[Report on the health of British troops in the Madras command]
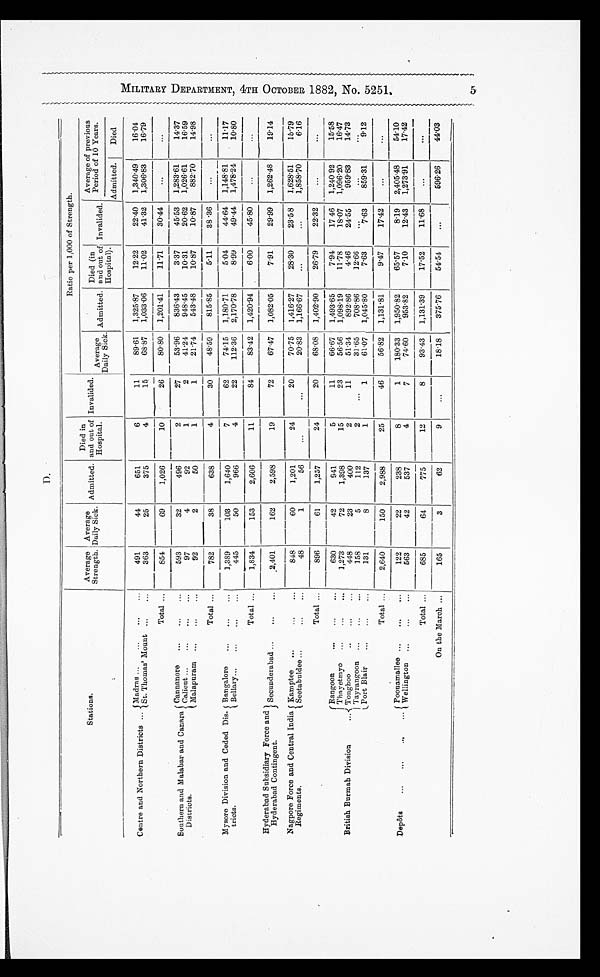
M I L I T A R Y D E P A R T M E N T , 4 T H O C T O B E R 1 8 8 2 , N O . 5 2 5 1 .
5
Stations.
Ratio per 1,000 of Strength.
Average
Strength.
Average e
Daily Sick. Admitted.
Died in
and out of
Hospital.
Invalided. Average
Daily Sick. Admitted.
Died (in
and out of
Hospital).
Invalided.
Average of previous
Period of 10 Years.
Admitted.
Died
Centre and Northern Districts ... Madras ...
...
... ...
491
44
651
6
11
89.61 1,325.87
12.22
22.40 1,340.49
16.04
St. Thomas' Mount ....
...
363
25
375
4
15
68.87 1,033.06
11.02
41.32 1,306.83
16.79
Total ...
854
69
1,026
10
26
80.80 1,201.41
11.71
30.44
. . .
. . .
Southern and Malabar and Canara
Districts.
Cannanore
... ...
...
593
3 2
496
2
27
53.96
836.43
3.37
45.53 1,283.61
14.37
Calicut... ... ... ...
...
97
4
92
1
2
41.24
948.45
10.31
20.62
1 , 0 2 6 . 6 1
16.59
Malapuram ... ...
....
92
2
50
1
1
21.74
543.48
10.87
10.87
882.70
14.98
Total ...
782
38
638
4
30
48.59
815.85
5.11
38.36
...
...
Mysore Division and Ceded Dis
tricts.
Bangalore
...
...
...
1,389
103
1,640
7
62
74.15 1,180.71
5.04
44.64 1,148.81
11.17
Bellary...
...
...
...
445
50
966
4
22
112.36 2,170.78
8.99
49.44 1,478.24
10.80
Total ...
1,834
153
2,606
11
84
83.42 1,420.94
6.00
45.80
. . .
. . .
Hyderabad Subsidiary Force and
Hyderabad Contingent.
Secunderabad ...
...
...
2,401
162
2,598
19
72
67.47 1,082.05
7.91
29.99 1,262.48
19.14
Nagpore Force and Central India
Regiments.
Kamptee ...
...
...
848
60
1,201
24
20
70.75 1,416.27
28.30
23.58 1,628.51
15.79
Seetabuldee ...
...
...
48
1
56 ...
. . .
20.83 1,166.67
. . .
. . .
1,858.70
6.16
Total ...
896
61
1,257
24
20
68.08 1,402.90
26.79
22.32
...
. . .
British Burmah Division
...
Rangoon
... ...
...
630
42
941
5
11
66.67 1,493.65
7.94
17 46 1,240.92
15.58
Thayetmyo ...
...
...
1,273
72
1,398
15
23
56.56 1,098.19
11.78
1 8 . 0 7 1,096.20
16.47
Tonghoo
... ...
...
448
23
400
2
11
51.34
892.86
4.46
24.55
959.83
14.73
Tayrangoon ... ...
...
158
5
112
2
...
31.65
708.86
12.66
. . .
. . .
. . .
Port Bi ai r . . .
...
...
1 3 1
8
137
1
1
61.07 1,045.80
7.63
7.63
859.31
9.12
Depôsts
... ... ... ...
Total ...
2 ,640
150
2,988
25
46
56.82 1,131.81
9.47
17.42
. . .
. . .
Poonamallee ...
...
...
122
22
238
8
1
180.33 1,950.82
65.57
8.19 2,405.48
54.10
Wellington ...
...
...
563
42
537
4
7
74.60
953.82
7.10
12.43 1,273.91
17.42
Total ...
685
64
775
12
8
93.43 1,131.39
17.52
11.68
. . .
. . .
On the March ...
165
3
62
9
...
18.18
375.76
54.54
. . .
596.26
44.03